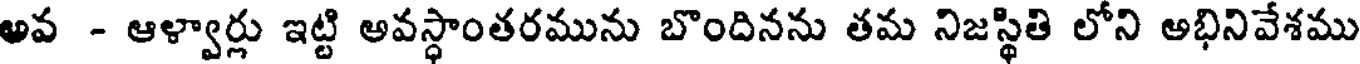
అవ - ఆళ్వార్లు ఇట్టి అవస్థాంతరమును బొందినను తమ నిజస్థితి లోని అభినివేశము